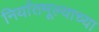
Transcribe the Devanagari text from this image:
निर्यातमूल्याच्या